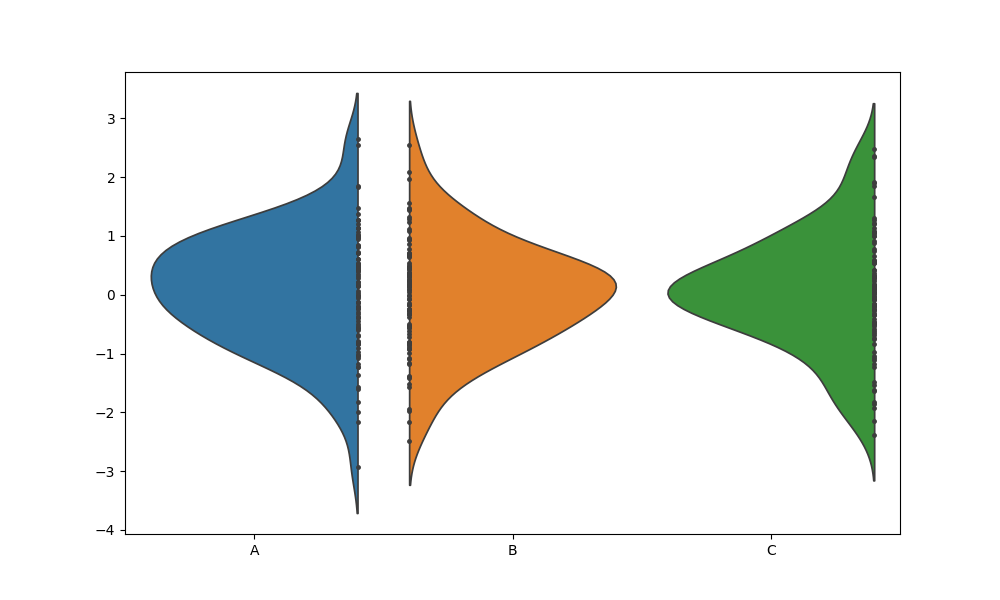
python, seaborn, violinplot, scale='width', split='True', inner='point', fill='True'